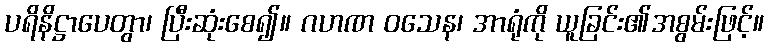
ပရိနိဋ္ဌာပေတွာ၊ ပြီးဆုံးစေ၍။ ဂဟဏ ဝသေန၊ အာရုံကို ယူခြင်း၏အစွမ်းဖြင့်။